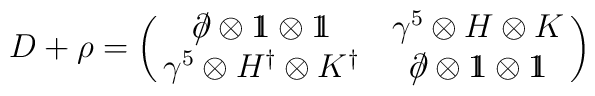
D+ \rho  = \left( \matrix {  \partial \kern -0.5em /  \otimes { 1\kern - .4em1} \otimes { 1\kern - .4em 1} &\gamma ^5 \otimes H \otimes K \cr \gamma ^5 \otimes H^{\dag} \otimes K^{\dag}&  \partial \kern -0.5em / \otimes { 1\kern - .4em 1} \otimes { 1\kern - .4em1} } \right)